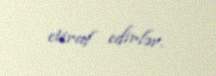
etiraf edirlər.